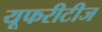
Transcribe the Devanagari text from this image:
यूफरीटीज